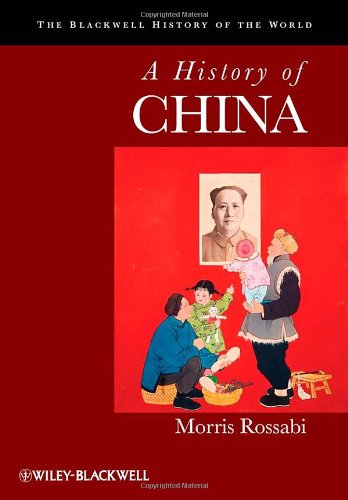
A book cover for A History of China; Morris Rossabi; History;